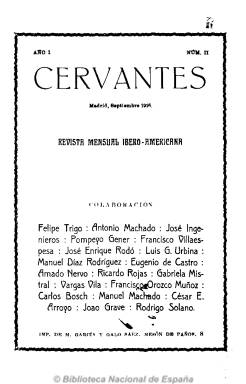
Título: Cervantes (Madrid. 1916)
Colección: Literatura
Ámbito geográfico: Madrid
Lugar de publicación: Madrid
Fechas: 01/09/1916-31/12/1920

Publicación literaria que nace orientada al modernismo y que, tras una transición, procede a su conversión a las vanguardias, en concreto, al ultraísmo, siendo una de las principales revistas de este movimiento renovador, en donde se darán cita poetas, escritores y críticos de procedencias dispersas, algunos de los cuales convergerán más tarde en la generación del 27, tal como señalan en sus estudios Paniagua y Ramos Ortega, siendo calificada de “plural, generacional y estéticamente” por César Antonio Molina. Subtitulada “revista mensual ibero-americana”, resalta también en ella la confluencia de literatos tanto españoles como hispanoamericanos y portugueses, así como la inclusión de textos traducidos de autores extranjeros (franceses, norteamericanos, etc.).

Con frecuencia mensual, en entregas con un formato casi de bolsillo, sin alardes de diseño y paginación variada y en torno a los dos centenares de páginas, aparece en agosto de 1916, siendo sus primeros codirectores Francisco Villaespesa (1877-1936), el mejicano Luis Gonzaga Urbina (1864-1934) y el italo-argentino José Ingenieros (1877-1925), y subdirector, Joaquín Dicenta (1893-1967). Ayudarán al nacimiento de la revista Miguel de Unamuno (1864-1936), Pío Baroja (1872-1956), Emilia Pardo Bazán (1851-1921), Emilio Carrere (1881-1947) y el mejicano Amando Nervo (1870-1919).

En septiembre de 1917 aparece su número 14 y dejará de publicarse hasta que reaparece en abril de 1918, ya sin numerar sus entregas. En julio de este año su comité de dirección lo integran Andrés González-Blanco (para la sección española) y César E. Arroyo (para la sección americana). Es en enero de 1919 cuando Rafael Cansinos-Asséns toma la dirección de la sección de literatura española y publique el “Manifiesto de la juventud literaria” ultra, iniciando la etapa más brillante de la revista. El comité de redacción también lo integrarán el citado César E. Arroyo (que continuará como responsable de la sección de literatura americana), A. Ballesteros de Martos (artes plásticas y también secretario), Carlos Bosch (música), Eduardo Haro (teatro), Joaquín Aznar (política) y el también ya citado Joaquín Dicenta, así como Guillermo de Torre (revista de revistas).

Escribirán en ella, además, Felipe Trigo, Antonio y Manuel Machado, Pompeyo Gener, Javier Bueno, José Ortega y Gasset, Luis Araquistáin, Jacinto Benavente, Guillermo Valencia, Eloy González, Medardo Ángel Silva, Blanca de los Ríos Lampérez, Rafael Lasso de la Vega, Abraham Valdelomar, Narciso Díaz de Escovar, Ernesto López Parra, Álvaro Díaz Quiñones, Eduardo Marquina, Enrique Díez Canedo y Ramón María del Valle Inclán, entre otros.

A comienzos de 1919 se incorporan ultraístas como el ya citado Guillermo de Torre, Pedro Garfias, Xavier Bóveda, Adriano del Valle, Gerardo Diego, Eugenio Montes, Juan Larrea, Eliodoro Puche, Vicente Huidobro, además de Isaac del Vando Villar, Evaristo Correa Calderón, César A. Comet o Antonio Espina.

La literatura hispanoamericana fue abundante y decisiva en sus páginas, con el nicaragüense Rubén Darío (1867-1916), el colombiano José María Vargas Vila (1860-1933), el ya citado chileno Vicente Huidobro (1893-1948), el argentino Leopoldo Lugones (1874-1938), el uruguayo José Enrique Rodó (1871-1917), la chilena Gabriela Mistral (1889-1957), el mejicano Alfonso Reyes (1889-1959) o el guatemalteco Enrique Gómez Carrillo (1873-1927), entre otros.

Publicó poemas traducidos de los franceses Max Jacob, Guillermo Apollinaire, Mallarmé. etc.

La colección de la Biblioteca Nacional de España es incompleta y acaba en diciembre de 1920.